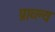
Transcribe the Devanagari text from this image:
प्राव्ल्य